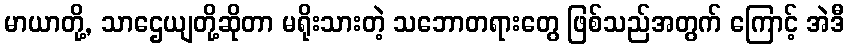
မာယာတို့, သာဌေယျတို့ဆိုတာ မရိုးသားတဲ့ သဘောတရားတွေ ဖြစ်သည်အတွက် ကြောင့် အဲဒီ